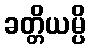
ခတ္တိယမ္ပိ